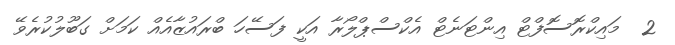
2  މައިކްރޮސޮފްޓް އިންޓަނެޓް އެކްސްޕްލޯރާ އަކީ ފަސޭހަ ބްރައުޒާއެއް ކަމަށް ގަބޫލުކުރެވޭ